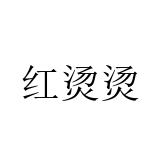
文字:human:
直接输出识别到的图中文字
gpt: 红烫烫